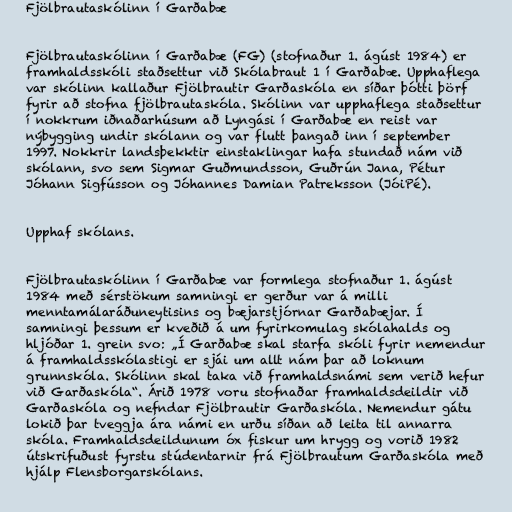
Fjölbrautaskólinn í Garðabæ

Fjölbrautaskólinn í Garðabæ (FG) (stofnaður 1. ágúst 1984) er
framhaldsskóli staðsettur við Skólabraut 1 í Garðabæ. Upphaflega
var skólinn kallaður Fjölbrautir Garðaskóla en síðar þótti þörf
fyrir að stofna fjölbrautaskóla. Skólinn var upphaflega staðsettur
í nokkrum iðnaðarhúsum að Lyngási í Garðabæ en reist var
nýbygging undir skólann og var flutt þangað inn í september
1997. Nokkrir landsþekktir einstaklingar hafa stundað nám við
skólann, svo sem Sigmar Guðmundsson, Guðrún Jana, Pétur
Jóhann Sigfússon og Jóhannes Damian Patreksson (JóiPé).

Upphaf skólans.

Fjölbrautaskólinn í Garðabæ var formlega stofnaður 1. ágúst
1984 með sérstökum samningi er gerður var á milli
menntamálaráðuneytisins og bæjarstjórnar Garðabæjar. Í
samningi þessum er kveðið á um fyrirkomulag skólahalds og
hljóðar 1. grein svo: „Í Garðabæ skal starfa skóli fyrir nemendur
á framhaldsskólastigi er sjái um allt nám þar að loknum
grunnskóla. Skólinn skal taka við framhaldsnámi sem verið hefur
við Garðaskóla“. Árið 1978 voru stofnaðar framhaldsdeildir við
Garðaskóla og nefndar Fjölbrautir Garðaskóla. Nemendur gátu
lokið þar tveggja ára námi en urðu síðan að leita til annarra
skóla. Framhaldsdeildunum óx fiskur um hrygg og vorið 1982
útskrifuðust fyrstu stúdentarnir frá Fjölbrautum Garðaskóla með
hjálp Flensborgarskólans.